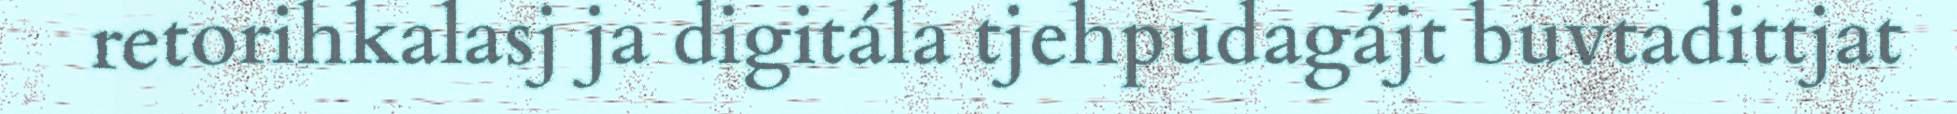
retorihkalasj ja digitála tjehpudagájt buvtadittjat